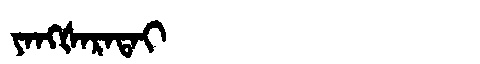
Manchu: ᠶᠠᠩᡧᠠᡵᠠᡨᠠᡳ
Romanization: YANGŠARATAI